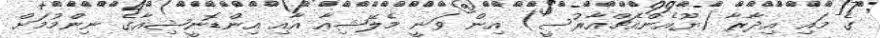
ގެ މައި އިދާރާ (ޔޫއެންއެޗްއާރުސީ) އިން ވަނީ މެލޭޝިއާ އާއި އިންޑޮނީޝިއާގެ ނިންމުމަށް